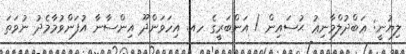
ލިޔުނީ: ޢަބްދުލްމާނިޢު ޙުސައިން / އަންބަރީގެ ހއ. އިހަވަންދޫ އިންސާނާ އުފަންވުމާމެދު ނުވަތަ